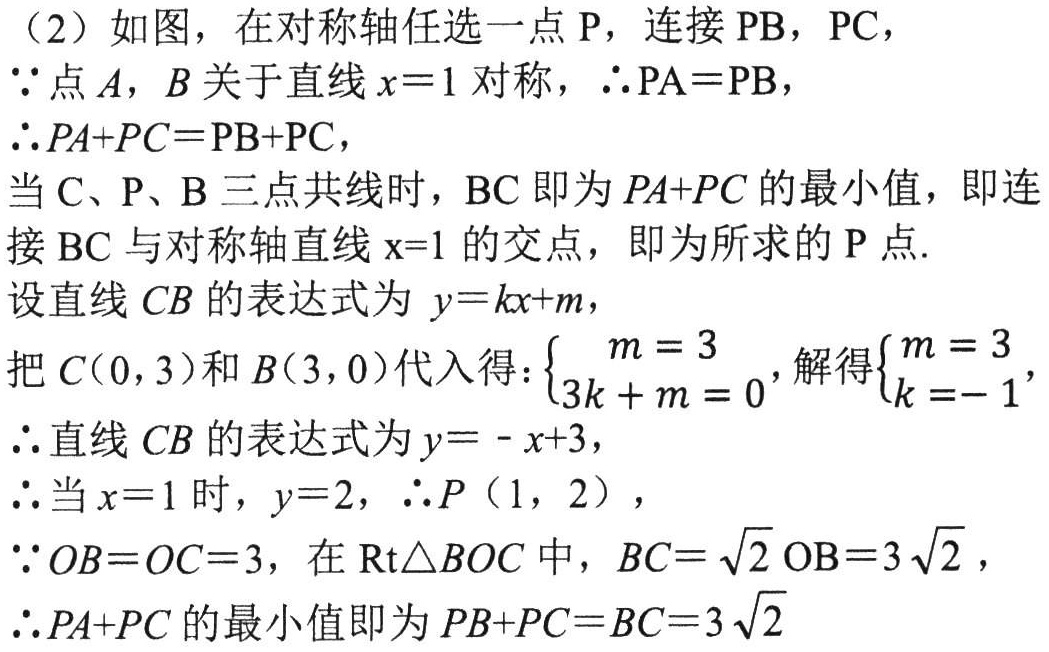
（2）如图，在对称轴任选一点$\mathrm{P}$，连接$\mathrm{PB}$，$\mathrm{PC}$，
$\because$点$A$，$B$关于直线$x = 1$对称，$\therefore \mathrm{PA}=\mathrm{PB}$，
$\therefore PA + PC=\mathrm{PB}+\mathrm{PC}$，
当$\mathrm{C}$、$\mathrm{P}$、$\mathrm{B}$三点共线时，$\mathrm{BC}$即为$PA + PC$的最小值，即连接$\mathrm{BC}$与对称轴直线$\mathrm{x}=1$的交点，即为所求的$\mathrm{P}$点.
设直线$CB$的表达式为$y = kx + m$，
把$C(0,3)$和$B(3,0)$代入得：$\begin{cases}m = 3\\3k + m = 0\end{cases}$，解得$\begin{cases}m = 3\\k=- 1\end{cases}$，
$\therefore$直线$CB$的表达式为$y=-x + 3$，
$\therefore$当$x = 1$时，$y = 2$，$\therefore P(1,2)$，
$\because OB = OC = 3$，在$\mathrm{Rt}\triangle BOC$中，$BC=\sqrt{2}\mathrm{OB}=3\sqrt{2}$，
$\therefore PA + PC$的最小值即为$PB + PC=BC = 3\sqrt{2}$